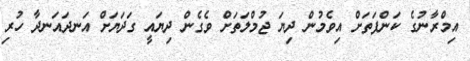
އިމްރާނުގެ ކަންފަތަށް އިވެމުން ދިޔަ ޖުމްލަތަށް ވެގެން ދިޔައީ ގަދަޔަށް އަނދައަނދާ ހުރި